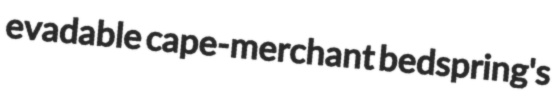
evadable cape-merchant bedspring's